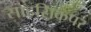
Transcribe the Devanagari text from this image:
साहसिकपर